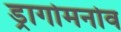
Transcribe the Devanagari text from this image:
ड्रागोमनोव